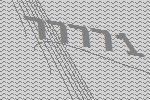
77771